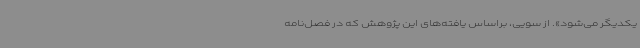
یکدیگر می‌شود». از سویی، براساس یافته‌های این پژوهش که در فصل‌نامه